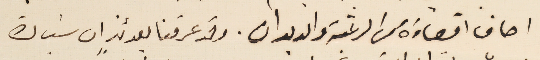
اصاف اقصاءَه عن الرعيّة والديوان. وقد عرفنا بعدئذٍ ان سَيادة